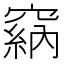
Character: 𥧩